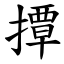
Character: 撢